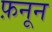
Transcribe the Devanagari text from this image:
फ़नून